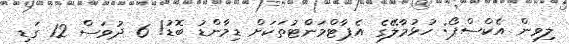
ލިވިން އެކްސްޕޯ: ހުޅުމާލޭގެ އެޕާޓްމަންޓުތަކަށް ޑިމާންޑު ބޮޑު! 6 ދުވަސް 12 ގަޑި